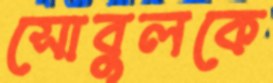
সোবুলকে